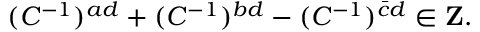
( C ^ { - 1 } ) ^ { a d } + ( C ^ { - 1 } ) ^ { b d } - ( C ^ { - 1 } ) ^ { \bar { c } d } \in { \bf Z } .